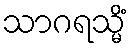
သာဂရသ္မိံ